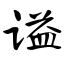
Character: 谥